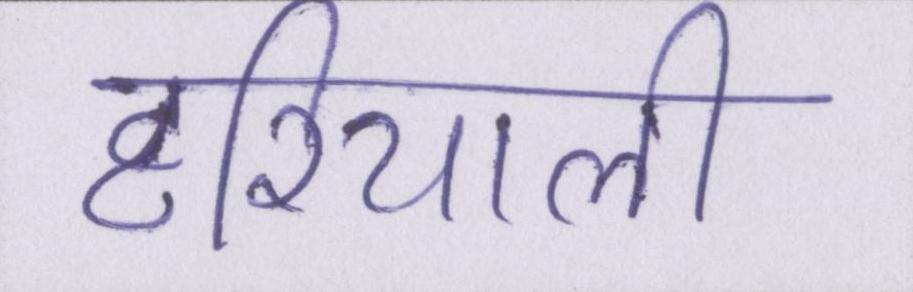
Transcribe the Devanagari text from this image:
हरियाली